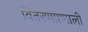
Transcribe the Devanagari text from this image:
वितरणप्रणाली